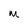
Character: M